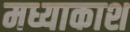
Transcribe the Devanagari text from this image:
मध्याकाश